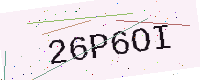
Text: 26P6OI